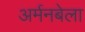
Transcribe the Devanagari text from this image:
अर्मनबेला